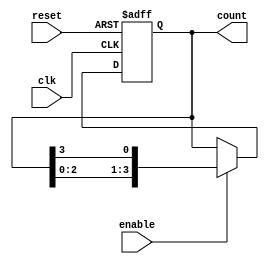
module variable_length_ring_counter #(
    parameter N = 4 // Parameter N to define the length of the counter (default = 4)
)(
    input wire clk,       // Clock input
    input wire reset,     // Reset input
    input wire enable,    // Enable input
    output reg [N-1:0] count // Output: current state of the ring counter
);

    // Initial state definition for the ring counter
    initial begin
        count = (1 << (N - 1)); // Initialize to single '1' at the leftmost position
    end

    // Sequential logic for the counter
    always @(posedge clk or posedge reset) begin
        if (reset) begin
            // Reset the counter to the initial state
            count <= (1 << (N - 1)); // Reset to initial state
        end else if (enable) begin
            // Shift the '1' bit to the right and wrap around
            count <= {count[N-2:0], count[N-1]}; // Shift right and wrap around
        end
    end

endmodule